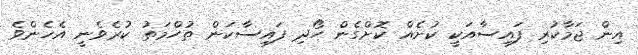
އިން ޖަމާކުރި ފައިސާއަކީ ކުށެއް ކޮށްގެން ހޯދި ފައިސާކަން ތުހްމަތު ކުރެވެނީ އެހެންވެ